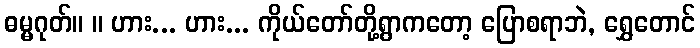
ဓမ္မဂုတ်။ ။ ဟား... ဟား... ကိုယ်တော်တို့ရွာကတော့ ပြောစရာဘဲ, ရွှေတောင်